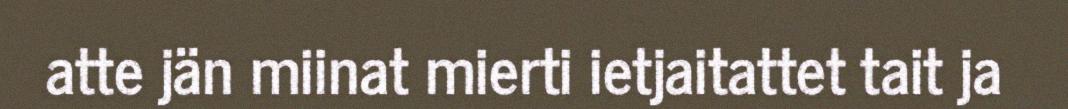
atte jän miinat mierti ietjaitattet tait ja